Annual report of lunatic asylums [Bombay] - 1912-1922
Year: 1912
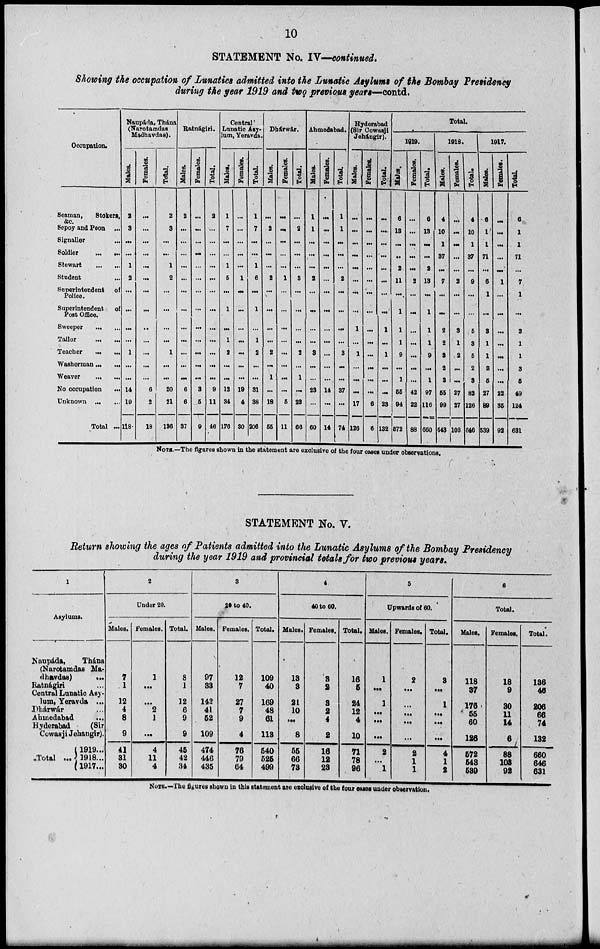
10
STATEMENT No. IV—continued.
Showing the occupation of Lunatic admitted into the Lunatic Asylums of the Bombay Presidency
during the year 1919 and two previous years—contd.
Occupation.
Seaman,
Stokers,
&c.
Sepoy and Peon ...
Signaller ...
Soldier
... ...
Stewart
...
...
Student ...
Superintendent of
Police.
Superintendent of
Post Office.
Sweeper
...
...
Tailor
...
...
Teacher
... ...
Washerman ... ...
Weaver
...
...
No occupation ...
Unknown ... ...
Total ...
Naupáda, Thána
(Narotamdas
Madhavdas).
Males.
2
3
...
. ..
1
2
...
...
...
1
...
...
14
19
118
Females.
...
...
...
...
...
...
...
...
..
...
. ..
...
...
6
2
18
Total.
2
3
...
...
1
2
...
. ..
...
...
1
...
...
20
21
136
Ratnágiri.
Males.
2
...
...
...
...
...
...
...
...
...
...
...
...
6
6
37
Females.
...
...
...
...
...
...
...
...
...
...
...
...
...
3
5
9
Total.
2
...
...
...
...
...
...
...
...
. ..
...
...
...
9
11
46
Central
Lunatic Asy-
lum, Yeravda.
Males.
1
7
...
...
1
5
...
1
...
1
2
...
...
12
34
176
Females.
...
...
...
...
...
1
...
...
...
...
...
...
...
19
4
30
Total.
1
7
...
...
1
6
...
1
...
1
2
...
...
31
38
206
Dhárwár.
Males.
...
2
...
...
...
2
...
...
...
...
2
...
1
...
18
55
Females.
...
...
...
...
...
1
...
...
...
...
. ..
...
...
...
5
11
Total.
...
2
...
...
...
3
...
. ..
...
...
2
...
1
...
23
66
Ahmedabad.
Males.
1
1
...
...
...
2
...
...
...
...
3
3
...
23
...
60
Females.
...
...
...
...
...
...
...
. ..
...
...
...
. ..
...
14
...
14
Total.
1
1
...
...
...
2
...
...
...
...
3
...
...
37
...
74
Hyderabad
(Sir Cowasji
Jehángir)
Males.
...
...
...
...
...
...
...
...
1
...
1
...
...
...
17
126
Females.
...
...
...
...
...
...
...
...
...
...
...
...
...
...
6
6
Total.
...
...
...
...
...
...
...
...
1
...
1
...
...
...
28
132
Total.
1919.
Males.
6
13
...
. .
2
11
...
1
1
1
9
...
1
55
94
572
Females.
...
...
...
...
...
2
...
...
...
...
...
...
...
42
22
88
Total.
6
13
...
...
2
13
...
1
1
1
9
...
1
97
116
660
1918.
Males.
4
10
1
37
...
7
...
...
2
2
8
2
8
55
99
543
Females.
...
...
...
...
...
2
. ..
...
3
1
2
...
...
27
27
103
Total.
4
10
1
37
...
9
. ..
...
5
3
5
2
3
82
126
646
1917.
Males.
6
1
1
71
...
6
1
...
3
1
1
3
5
27
89
539
Females.
...
...
...
...
...
1
...
....
...
...
...
...
...
22
35
92
Total.
6
1
1
71
...
7
1
...
3
1
1
3
5
49
124
631
NOTE.—The figures shown in the statement are exclusive of the four cases under observations.
STATEMENT No. V.
Return showing the ages of Patients admitted into the Lunatic Asylums of the Bombay Presidency
during the year 1919 and provincial totals for two previous years.
1
Asylums.
Naupáda,
Thána
(Narotamdas Ma-
dhavdas)
...
Ratnágiri
Central Lunatic Asy-
lum, Yeravda ...
Dhárwár ...
Ahmedabad
...
Hyderabad
(Sir
Cowasji Jehangir).
Total ...
1919 ...
1918...
1917 ...
2
Under 20.
Males.
7
1
12
4
8
9
41
81
30
Females.
1
...
...
2
1
...
4
11
4
Total.
8
1
12
6
9
9
45
42
34
8
20 to 40.
Males.
97
33
142
41
52
109
474
446
435
Females.
12
7
27
7
9
4
76
79
64
Total.
109
40
169
48
61
113
540
525
499
4
40 to 60.
Males.
18
3
21
10
...
8
55
66
73
Females.
8
2
8
2
4
2
16
12
23
Total.
16
5
24
12
4
10
71
78
96
5
Upwards of 60.
Males.
1
...
1
...
...
...
2
...
1
Females.
2
...
...
...
...
...
2
1
1
Total,
3
...
1
...
...
...
4
1
2
6
Total.
Males.
118
37
176
55
60
126
572
548
539
Females.
18
9
30
11
14
6
88
103
92
Total.
136
45
206
66
74
132
660
646
631
NOTE.—The figures shown in this statement are exclusive of the four cases under observation.